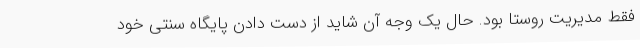
فقط مدیریت روستا بود. حال یک وجه آن شاید از دست دادن پایگاه سنتی خود